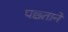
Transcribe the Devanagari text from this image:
पछ्ताने